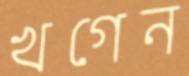
খগেন